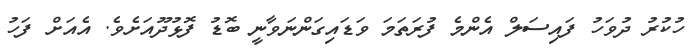
ހުކުރު ދުވަހު ފައިސަލް އެންމެ ފުރަތަމަ ވަޑައިގަންނަވާނީ ބޮޑު ފޮޅުދޫއަށެވެ. އެއަށް ފަހު